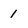
Character: 1